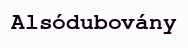
Alsódubovány